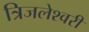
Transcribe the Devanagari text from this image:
त्रिजलेश्वरी